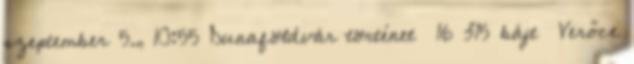
szeptember 5., 10:55 ‎Dunaföldvár történet ‎ 16 315 bájt ‎Verőce